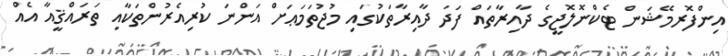
އިންފޮރމޭޝަން ޓެކްނޮލޮޖީގެ ދާއިރާތައް ފަދަ ދާއިރާތަކުގައި މުޖުތަމަޢަށް އަންނަ ކުރިއެރުންތަކާއި ތަރައްޤީއާ އެއް